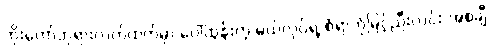
ဘိုးတော်ဘုရားလက်ထက်မှာ ပေါ်ထွန်းတဲ့ မယ်လုပ်ရဲ့ စံရာဘုံမြင့်ညီးလင်း အစချီ